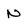
Character: N